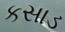
કસાડ